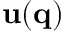
\mathbf { u } ( \mathbf { q } )